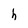
Character: h